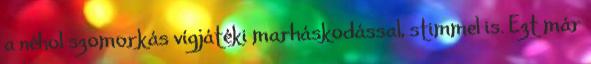
a néhol szomorkás vígjátéki marháskodással, stimmel is. Ezt már